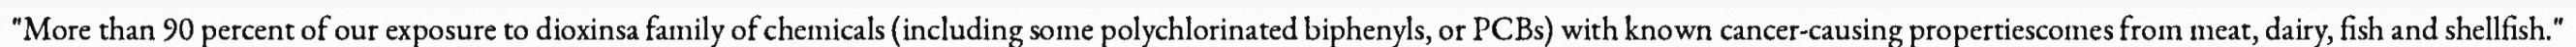
"More than 90 percent of our exposure to dioxinsa family of chemicals (including some polychlorinated biphenyls, or PCBs) with known cancer-causing propertiescomes from meat, dairy, fish and shellfish."